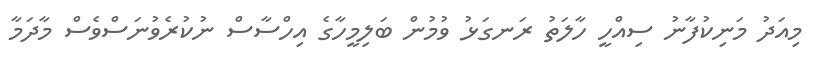
މިއަދު މަނިކުފާނު ސިއްހީ ހާލަތު ރަނގަޅު ވުމުން ބަލިމީހާގެ އިހްސާސް ނުކުރެވުނަސްވެސް މާދަމާ